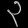
Digit: ၃